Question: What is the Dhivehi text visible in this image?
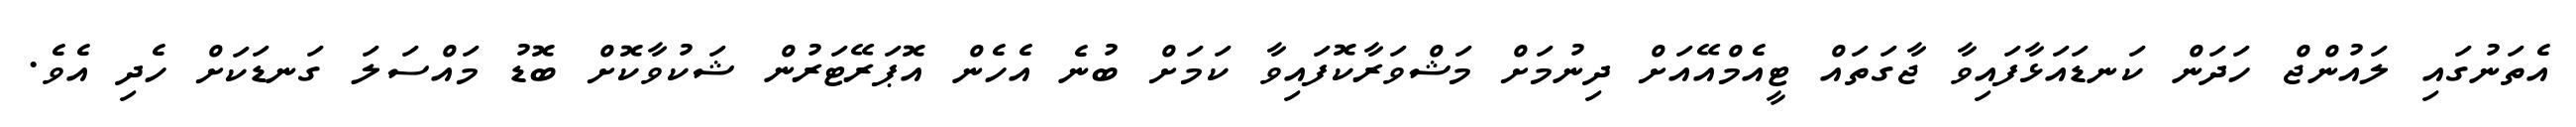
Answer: އެތަނުގައި ލައުންޖް ހަދަން ކަނޑައަޅާފައިވާ ޖާގަތައް ޓީއެމްއޭއަށް ދިނުމަށް މަޝްވަރާކޮފައިވާ ކަމަށް ބުނެ އެހެން އޮޕަރޭޓަރުން ޝަކުވާކޮށް ބޮޑު މައްސަލަ ގަނޑަކަށް ހެދި އެވެ.